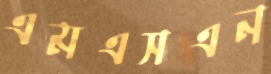
এমএসএন